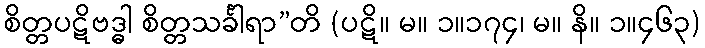
စိတ္တပဋိဗဒ္ဓါ စိတ္တသင်္ခါရာ”တိ (ပဋိ။ မ။ ၁။၁၇၄၊ မ။ နိ။ ၁။၄၆၃)